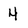
Character: 4